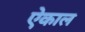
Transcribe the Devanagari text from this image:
ऐकाल